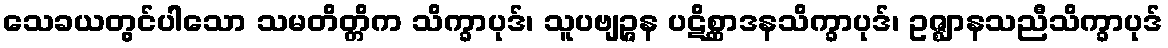
သေခယတွင်ပါသော သမတိတ္တိက သိက္ခာပုဒ်၊ သူပဗျဉ္ဇန ပဋိစ္ဆာဒနသိက္ခာပုဒ်၊ ဥဇ္ဈာနသညီသိက္ခာပုဒ်